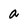
Character: a